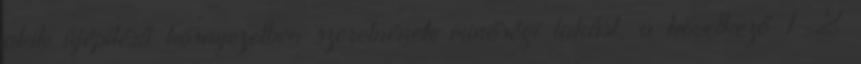
akik újépítésű környezetben szeretnének minőségi lakást, a következő 1-2